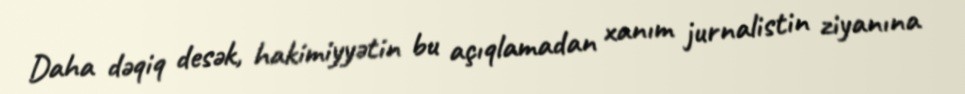
Daha dəqiq desək, hakimiyyətin bu açıqlamadan xanım jurnalistin ziyanına